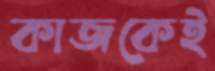
কাজকেই